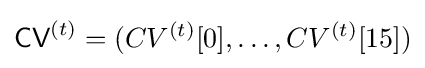
{\textsf {CV}}^{(t)}=(CV^{(t)}[0],\ldots ,CV^{(t)}[15])